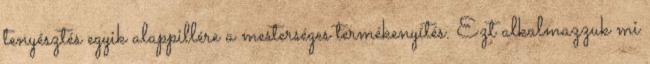
tenyésztés egyik alappillére a mesterséges termékenyítés. Ezt alkalmazzuk mi